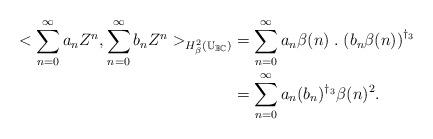
LaTeX: \begin{align*} <\sum_{n=0}^{\infty}a_nZ^n,\sum_{n=0}^{\infty}b_nZ^n>_{H^2_\beta(\mathbb{U}_{\mathbb{B}\mathbb{C}})}&= \sum_{n=0}^\infty{a_n\beta(n)\;.\;(b_n\beta(n))}^{\dagger_3}\\ &=\sum_{n=0}^\infty a_n(b_n)^{\dagger_3}\beta(n)^2. \end{align*}